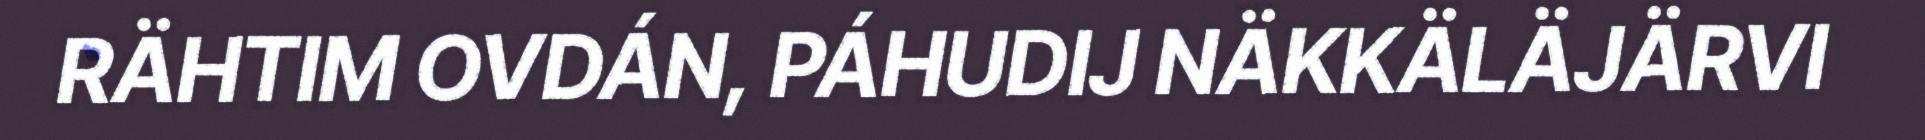
RÄHTIM OVDÁN, PÁHUDIJ NÄKKÄLÄJÄRVI